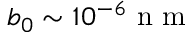
b _ { 0 } \sim 1 0 ^ { - 6 } \mathrm { ~ n ~ m ~ }